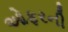
ઓફરની